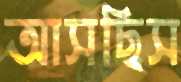
আসছিস